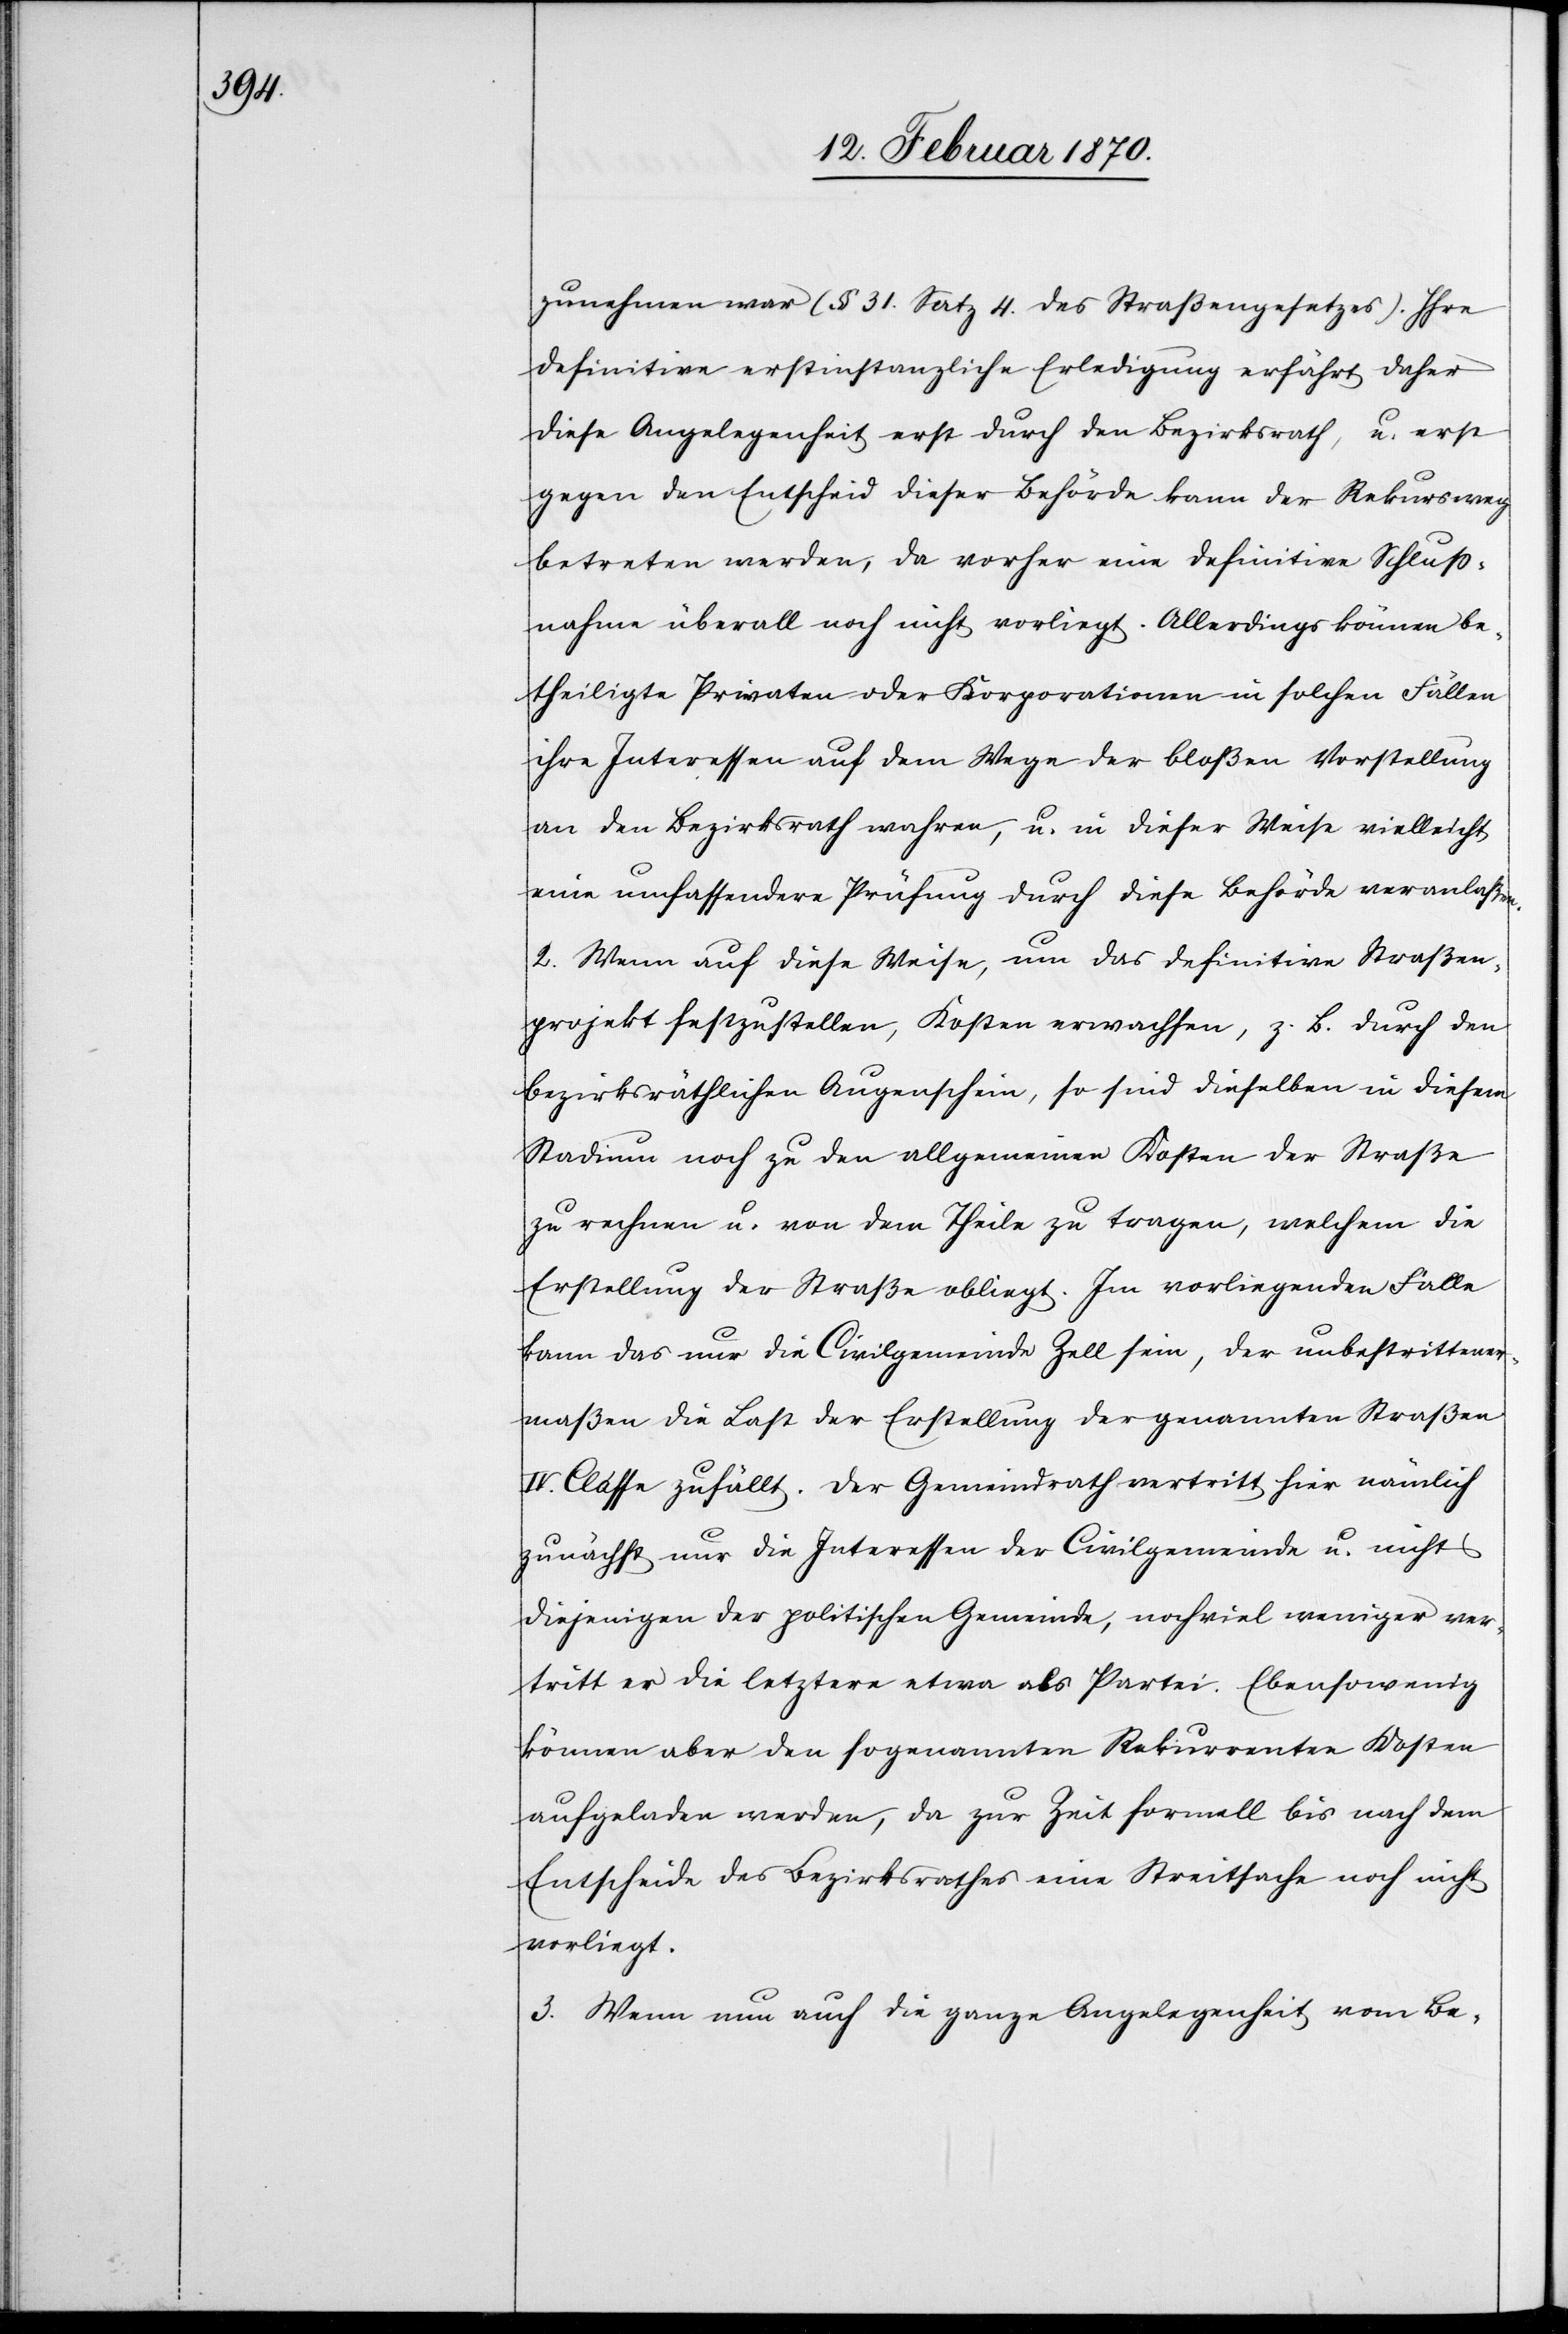
zunehmen war (§ 31. Satz 4. des Straßengesetzes). Ihre
definitive erstinstanzliche Erledigung erfährt daher
diese Angelegenheit erst durch den Bezirksrath, u. erst
gegen den Entscheid dieser Behörde kann der Rekursweg
betreten werden, da vorher eine definitive Schluss¬
nahme überall noch nicht vorliegt. Allerdings können be¬
theiligte Privaten oder Korporationen in solchen Fällen
ihre Interessen auf dem Wege der bloßen Vorstellung
an den Bezirksrath wahren, u. in dieser Weise vielleicht
eine umfassendere Prüfung durch diese Behörde veranlaßen.
2. Wenn auf diese Weise, um das definitive Straßen¬
projekt festzustellen, Kosten erwachsen, z. B. durch den
bezirksräthlichen Augenschein, so sind dieselben in diesem
Stadium noch zu den allgemeinen Kosten der Straße
zu rechnen u. von dem Theile zu tragen, welchem die
Erstellung der Straße obliegt. Im vorliegenden Falle
kann das nur die Civilgemeinde Zell sein, der unbestrittener¬
maßen die Last der Erstellung der genannten Straßen
IV. Classe zufällt. Der Gemeindrath vertritt hier nämlich
zunächst nur die Interessen der Civilgemeinde u. nicht
diejenigen der politischen Gemeinde, noch viel weniger ver¬
tritt er die letztere etwa als Partei. Ebensowenig
können aber den sogenannten Rekurrenten Kosten
aufgeladen werden, da zur Zeit formell bis nach dem
Entscheide des Bezirksrathes eine Streitsache noch nicht
vorliegt.
3. Wenn nun auch die ganze Angelegenheit vom Be-